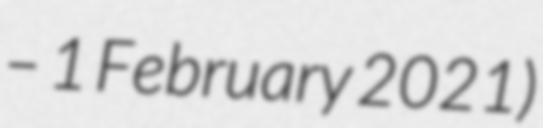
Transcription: – 1 February 2021)